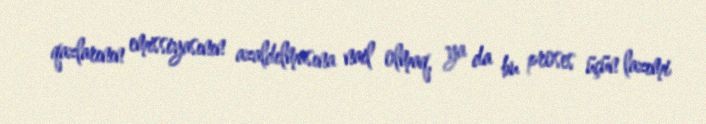
qazlarının emissiyasının azaldılmasına nail olmaq, ya da bu proses üçün lazımi